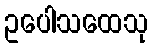
ဥပေါသထေသု